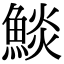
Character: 𩸥